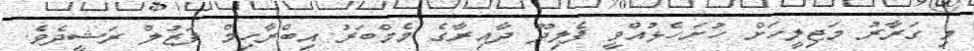
މި ގަރާރު މަޖިލީހަށް ހުށަހެޅުއްވީ ފެލިދޫ ދާއިރާގެ މެމްބަރު އިބްރާހިމް ފަޒުލް ރަޝީދެވެ.